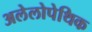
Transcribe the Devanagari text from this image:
अलेलोपेथिक